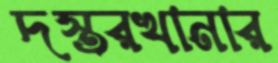
দস্তরখানার